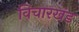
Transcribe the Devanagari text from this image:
विचारखंड